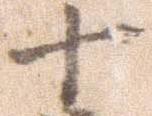
十